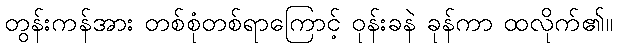
တွန်းကန်အား တစ်စုံတစ်ရာကြောင့် ဝုန်းခနဲ ခုန်ကာ ထလိုက်၏။